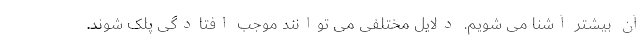
آن بیشتر آشنا می شویم. دلایل مختلفی می توانند موجب افتادگی پلک شوند.